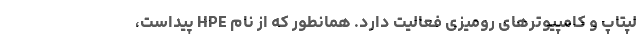
لپتاپ و کامپیوترهای رومیزی فعالیت دارد. همانطور که از نام HPE پیداست،